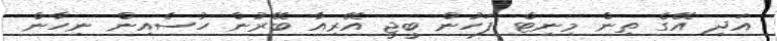
އަދި އޭގެ ތިން މިނިޓް ފަހުން ބީޖީ އޭރިއާ ބޭރުން ހުސެއިން ނިހާން